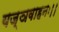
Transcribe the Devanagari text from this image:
यज्ञवाहनः।।